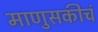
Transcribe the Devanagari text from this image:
माणुसकीचं